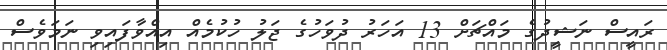
ރައީސް ނަޝީދުގެ މައްޗަށް 13 އަހަރު ދުވަހުގެ ޖަލު ހުކުމެއް އިއްވާފައިވި ނަމަވެސް